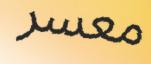
معسر